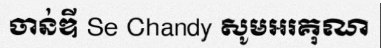
ចាន់ឌី Se Chandy សូមអរគុណ